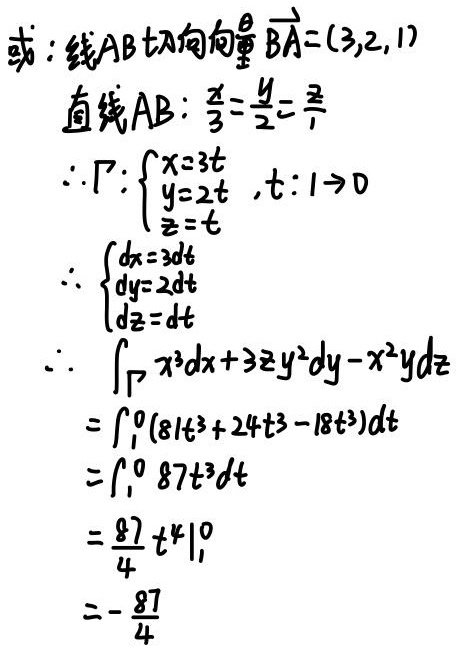
或：线$AB$切向向量$\overrightarrow{BA}=(3,2,1)$

直线$AB$：$\frac{x}{3}=\frac{y}{2}=\frac{z}{1}$

$\therefore \Gamma:\begin{cases}x = 3t\\y = 2t\\z = t\end{cases},t:1\rightarrow0$

$\therefore\begin{cases}dx = 3dt\\dy = 2dt\\dz = dt\end{cases}$

$\therefore\int_{\Gamma}x^{3}dx + 3zy^{2}dy - x^{2}ydz$

$=\int_{1}^{0}(81t^{3}+24t^{3}-18t^{3})dt$

$=\int_{1}^{0}87t^{3}dt$

$=\frac{87}{4}t^{4}\big|_{1}^{0}$

$=-\frac{87}{4}$